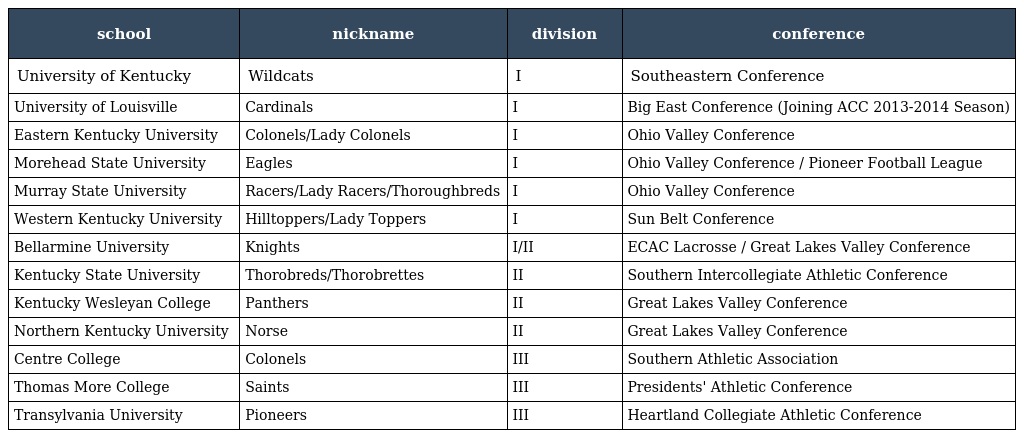
| school | nickname | division | conference |
 | --- | --- | --- | --- |
 | University of Kentucky | Wildcats | I | Southeastern Conference |
 | University of Louisville | Cardinals | I | Big East Conference (Joining ACC 2013-2014 Season) |
 | Eastern Kentucky University | Colonels/Lady Colonels | I | Ohio Valley Conference |
 | Morehead State University | Eagles | I | Ohio Valley Conference / Pioneer Football League |
 | Murray State University | Racers/Lady Racers/Thoroughbreds | I | Ohio Valley Conference |
 | Western Kentucky University | Hilltoppers/Lady Toppers | I | Sun Belt Conference |
 | Bellarmine University | Knights | I/II | ECAC Lacrosse / Great Lakes Valley Conference |
 | Kentucky State University | Thorobreds/Thorobrettes | II | Southern Intercollegiate Athletic Conference |
 | Kentucky Wesleyan College | Panthers | II | Great Lakes Valley Conference |
 | Northern Kentucky University | Norse | II | Great Lakes Valley Conference |
 | Centre College | Colonels | III | Southern Athletic Association |
 | Thomas More College | Saints | III | Presidents' Athletic Conference |
 | Transylvania University | Pioneers | III | Heartland Collegiate Athletic Conference |